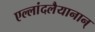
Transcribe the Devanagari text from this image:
एल्लांदलैयानान्